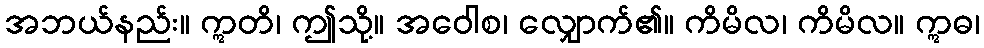
အဘယ်နည်း။ ဣတိ၊ ဤသို့။ အဝေါစ၊ လျှောက်၏။ ကိမိလ၊ ကိမိလ။ ဣဓ၊